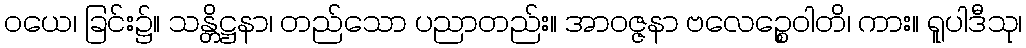
ဝယေ၊ ခြင်း၌။ သန္တိဋ္ဌနာ၊ တည်သော ပညာတည်း။ အာဝဇ္ဇနာ ဗလေဉ္စေဝါတိ၊ ကား။ ရူပါဒီသု၊